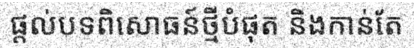
ផ្តល់បទពិសោធន៍ថ្មីបំផុត និងកាន់តែ